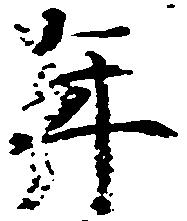
年